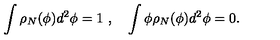
\int \rho _ { N } ( \phi ) d ^ { 2 } \phi = 1 \ , \quad \int \phi \rho _ { N } ( \phi ) d ^ { 2 } \phi = 0 .